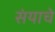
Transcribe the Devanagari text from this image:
संयाचे